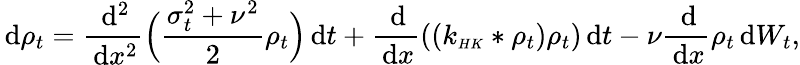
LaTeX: \, \mathrm{d}\rho_{t}=\frac{\, \mathrm{d}^{2}}{\, \mathrm{d}x^{2}}\Big(\frac{\sigma_{t}^{2}+\nu^{2}}{2}\rho_{t}\Big)\, \mathrm{d}t+\frac{\, \mathrm{d}}{\, \mathrm{d}x}((k_{\scriptscriptstyle{HK}}*\rho_{t})\rho_{t})\, \mathrm{d}t-\nu\frac{\, \mathrm{d}}{\, \mathrm{d}x}\rho_{t}\, \mathrm{d}W_{t},